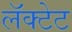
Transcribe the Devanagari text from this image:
लॅक्टेट